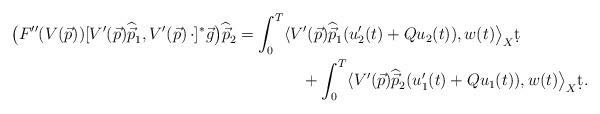
LaTeX: \begin{align*}\big(F''(V(\vec p))[V'(\vec p)\widehat{\vec p}_1,V'(\vec p)\,\cdot]^*\vec g\big)\widehat{\vec p}_2 &= \int_0^T \langle V'(\vec p)\widehat{\vec p}_1({u}_2^\prime(t)+Q{u}_2(t)),w(t)\big\rangle_X\d t\\&\qquad\qquad+\int_0^T \langle V'(\vec p)\widehat{\vec p}_2({u}_1^\prime(t)+Q{u}_1(t)),w(t)\big\rangle_X\d t. \end{align*}